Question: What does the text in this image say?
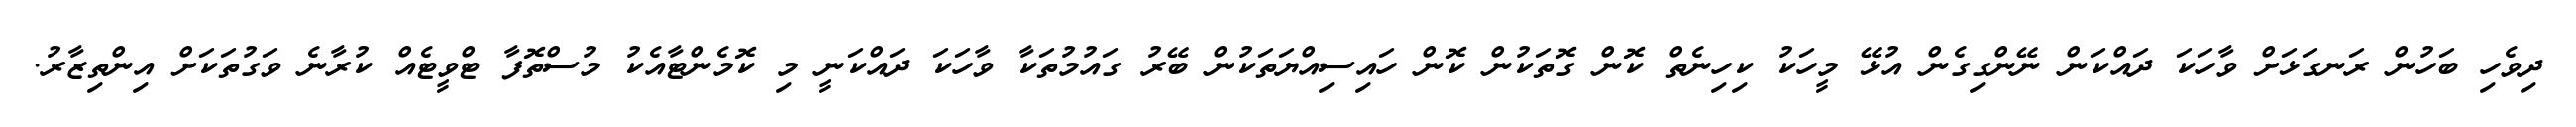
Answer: ދިވެހި ބަހުން ރަނގަޅަށް ވާހަކަ ދައްކަން ނޭންގިގެން އުޅޭ މީހަކު ކިހިނެތް ކޮން ގޮތަކުން ކޮން ހައިސިއްޔަތަކުން ބޭރު ގައުމުތަކާ ވާހަކަ ދައްކަނީ މި ކޮމެންޓާއެކު މުސްތޮފާ ޓްވީޓެއް ކުރާނެ ވަގުތަކަށް އިންތިޒާރު.